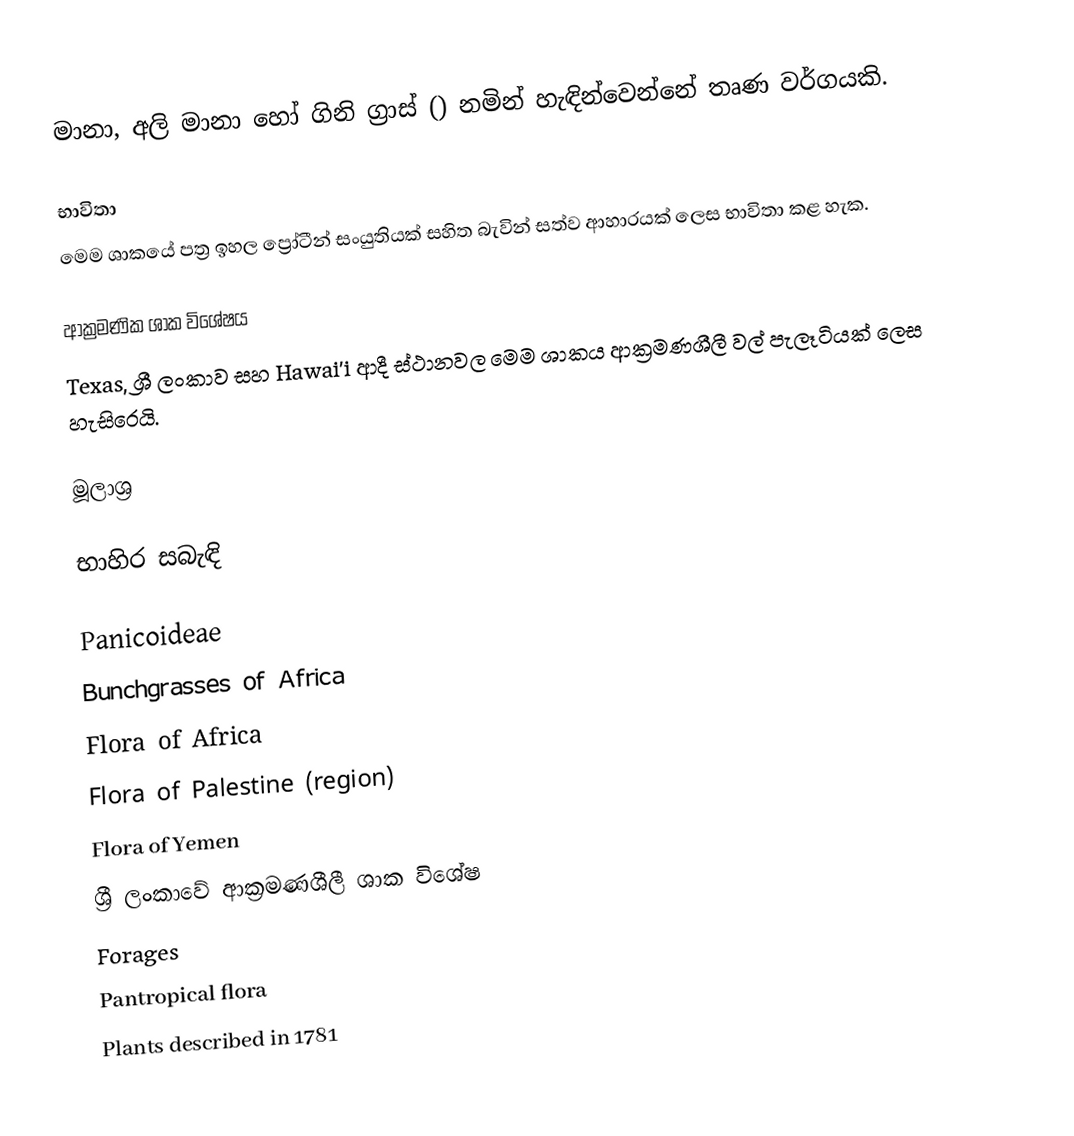
මානා, අලි මානා හෝ ගිනි ග්‍රාස් () නමින් හැඳින්වෙන්නේ තෘණ වර්ගයකි.

භාවිතා
මෙම ශාකයේ පත්‍ර ඉහල ප්‍රෝටීන් සංයුතියක් සහිත බැවින් සත්ව ආහාරයක් ලෙස භාවිතා කළ හැක.

ආක්‍රමණික ශාක විශේෂය
Texas, ශ්‍රී ලංකාව සහ Hawai'i  ආදී ස්ථානවල මෙම ශාකය ආක්‍රමණශීලී වල් පැලෑටියක් ලෙස හැසිරෙයි.

මූලාශ්‍ර

භාහිර සබැඳි

Panicoideae
Bunchgrasses of Africa
Flora of Africa
Flora of Palestine (region)
Flora of Yemen
ශ්‍රී ලංකාවේ ආක්‍රමණශීලී ශාක විශේෂ
Forages
Pantropical flora
Plants described in 1781